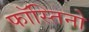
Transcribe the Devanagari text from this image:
फॉस्तिनो